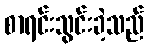
စာရင်းသွင်းခဲ့သည်